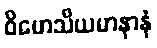
ဝိဟေသိယမာနာနံ